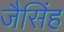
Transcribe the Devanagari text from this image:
जैसिंह